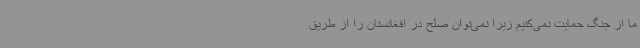
ما از جنگ حمایت نمی‌کنیم زیرا نمی‌توان صلح در افغانستان را از طریق